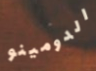
الدومينو